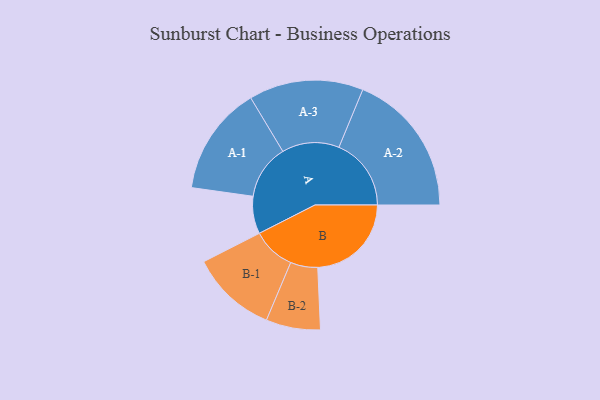
{"axis": {"x": "Segment", "y": "Value"}, "legend": ["", "A", "B"], "data": [{"x": "A", "y": 142, "type": ""}, {"x": "B", "y": 355, "type": ""}, {"x": "A-1", "y": 207, "type": "A"}, {"x": "A-2", "y": 274, "type": "A"}, {"x": "A-3", "y": 217, "type": "A"}, {"x": "B-1", "y": 163, "type": "B"}, {"x": "B-2", "y": 103, "type": "B"}]}